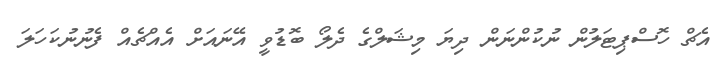
އެޗް ހޮސްޕިޓަލުން ނުކުންނަން ދިޔަ މިޝަލްގެ ދެލޯ ބޮޑުވީ އޭނައަށް އެއްޗެއް ފެނުނުކަހަލަ